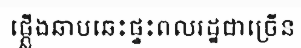
ផ្ភ្លើងឆាបឆេះផ្ទះពលរដ្ឋជាច្រើន